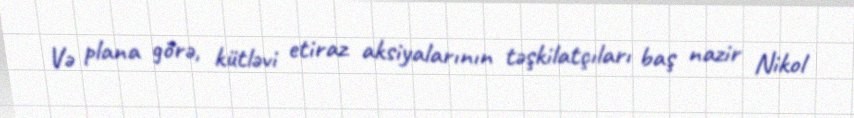
Və plana görə, kütləvi etiraz aksiyalarının təşkilatçıları baş nazir Nikol